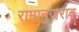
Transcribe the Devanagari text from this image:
रामानुजराव